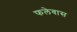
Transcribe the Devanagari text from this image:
फलेवास